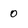
Character: 0